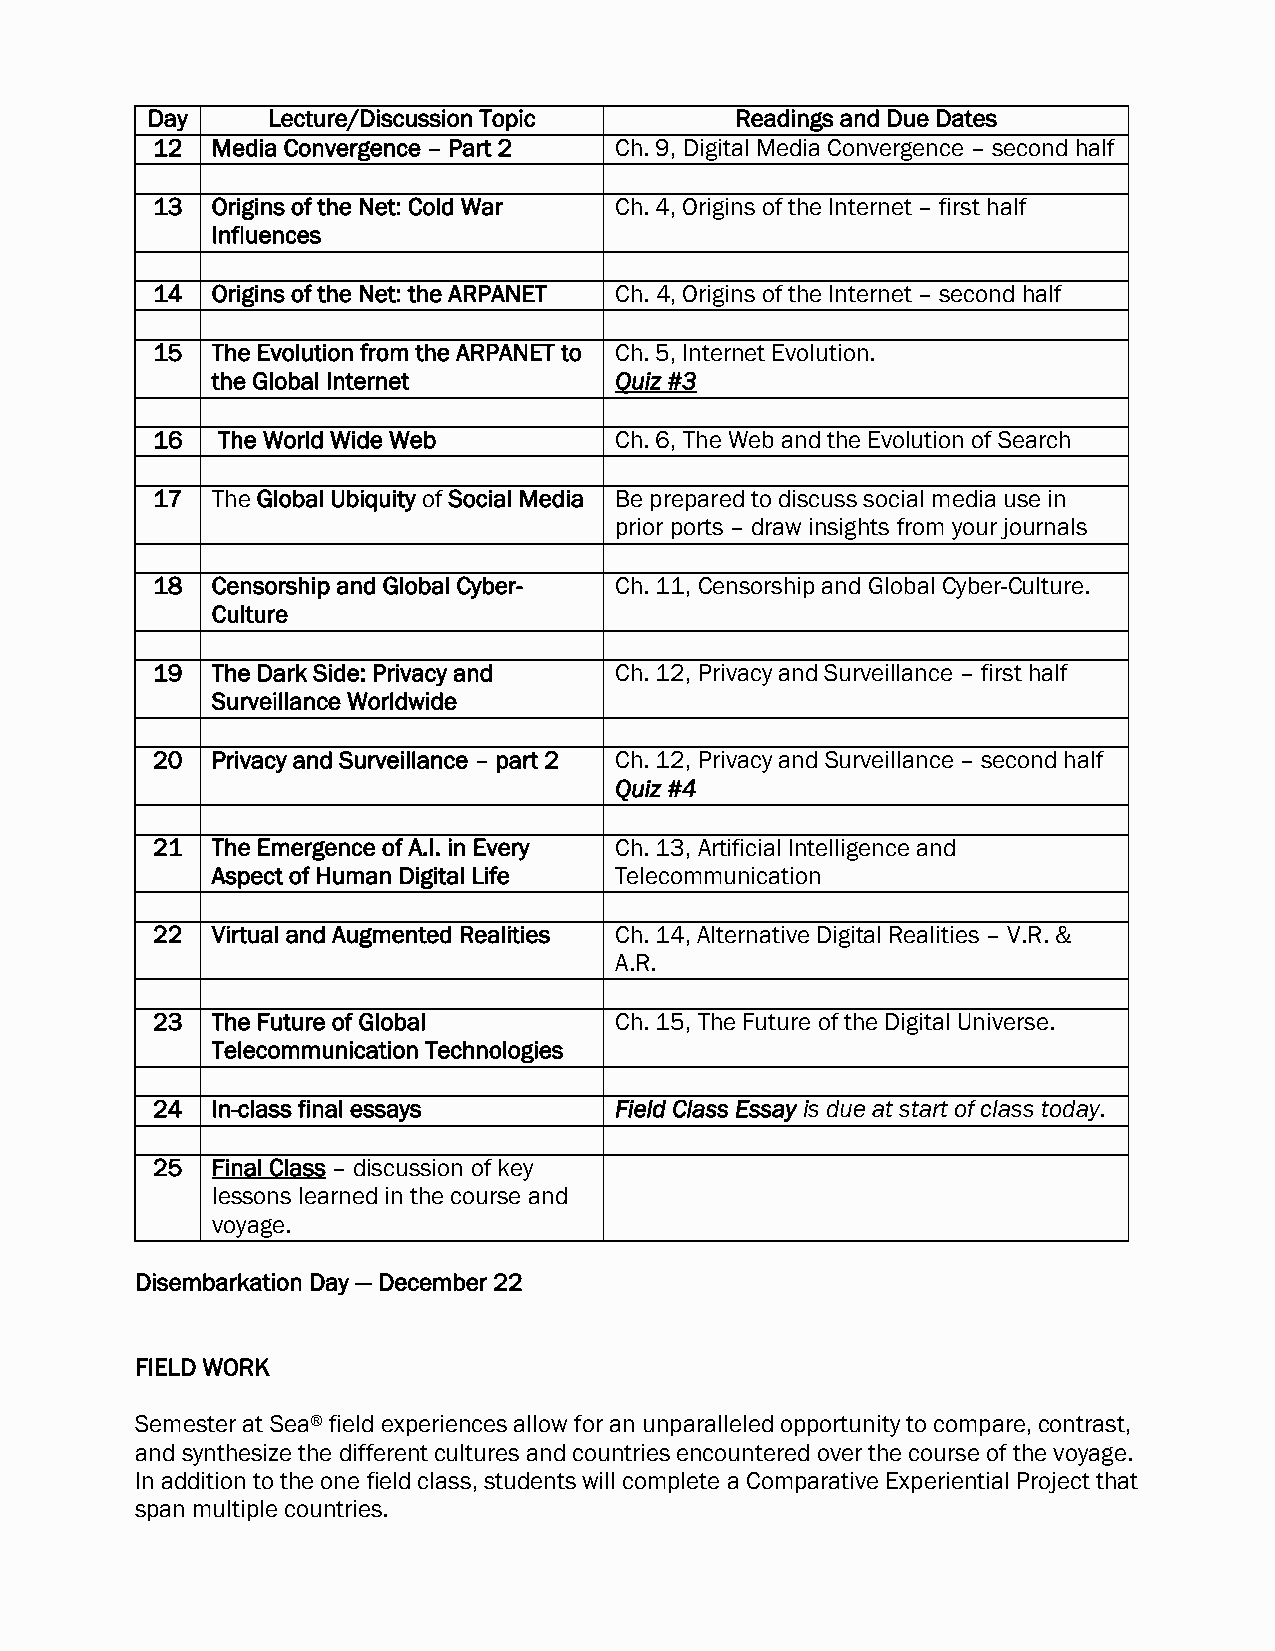
Day     Lecture/Discussion Topic       Readings and Due Dates
 12  Media Convergence – Part 2 Ch. 9, Digital Media Convergence – second half
 13  Origins of the Net: Cold War Ch. 4, Origins of the Internet – first half
 Influences
 14  Origins of the Net: the ARPANET Ch. 4, Origins of the Internet – second half
 15  The Evolution from the ARPANET to Ch. 5, Internet Evolution.
 the Global Internet        Quiz #3
 16  The World Wide Web         Ch. 6, The Web and the Evolution of Search
 17  The Global Ubiquity of Social Media Be prepared to discuss social media use in
 prior ports – draw insights from your journals
 18  Censorship and Global Cyber- Ch. 11, Censorship and Global Cyber-Culture.
 Culture
 19  The Dark Side: Privacy and Ch. 12, Privacy and Surveillance – first half
 Surveillance Worldwide
 20  Privacy and Surveillance – part 2 Ch. 12, Privacy and Surveillance – second half
 Quiz #4
 21  The Emergence of A.I. in Every Ch. 13, Artificial Intelligence and
 Aspect of Human Digital Life Telecommunication
 22  Virtual and Augmented Realities Ch. 14, Alternative Digital Realities – V.R. &
 A.R.
 23  The Future of Global       Ch. 15, The Future of the Digital Universe.
 Telecommunication Technologies
 24  In-class final essays      Field Class Essay is due at start of class today.
 25  Final Class – discussion of key
 lessons learned in the course and
 voyage.
 Disembarkation Day — December 22
 FIELD WORK
 Semester at Sea® field experiences allow for an unparalleled opportunity to compare, contrast,
 and synthesize the different cultures and countries encountered over the course of the voyage.
 In addition to the one field class, students will complete a Comparative Experiential Project that
 span multiple countries.